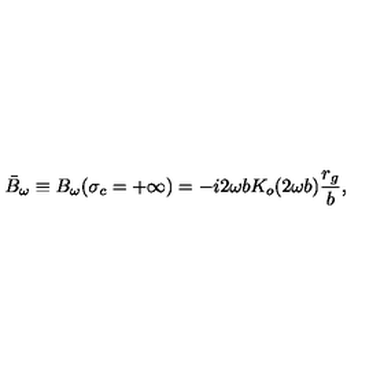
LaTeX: \bar { B } _ { \omega } \equiv B _ { \omega } ( \sigma _ { c } = + \infty ) = - i 2 \omega b K _ { o } ( 2 \omega b ) \frac { r _ { g } } { b } ,